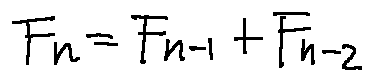
F _ { n } = F _ { n - 1 } + F _ { n - 2 }